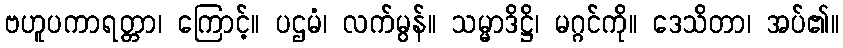
ဗဟူပကာရတ္တာ၊ ကြောင့်။ ပဌမံ၊ လက်မွန်။ သမ္မာဒိဋ္ဌိ၊ မဂ္ဂင်ကို။ ဒေသိတာ၊ အပ်၏။